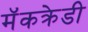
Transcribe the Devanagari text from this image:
मॅकक्रेडी